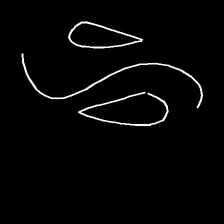
Glyph: water